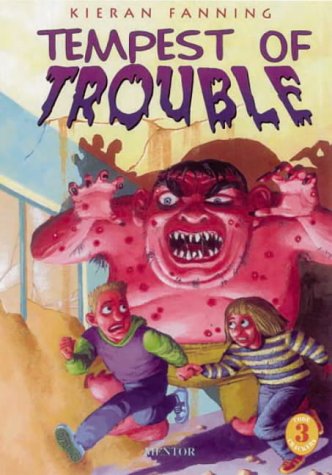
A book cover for Tempest of Trouble (Code Crackers); Kieran Fanning; Teen & Young Adult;